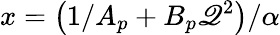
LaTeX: x=\left(1/A_{p}+B_{p}\mathscr{Q}^{2}\right)/\alpha